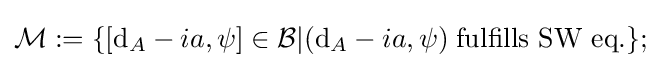
{\mathcal {M}}:=\{[\mathrm {d} _{A}-ia,\psi ]\in {\mathcal {B}}|(\mathrm {d} _{A}-ia,\psi )\;{\text{fulfills SW eq.}}\};